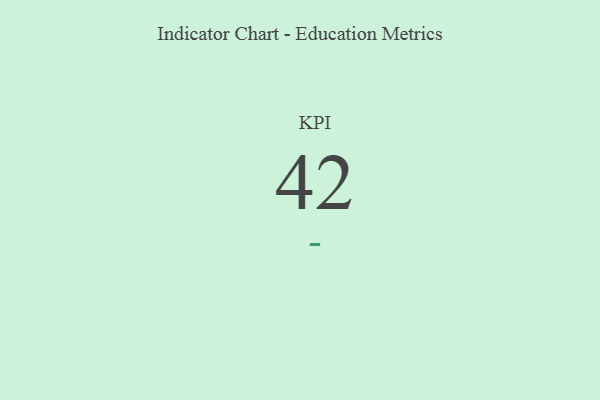
{"axis": {"x": "KPI", "y": "Value"}, "legend": [""], "data": [{"x": "KPI", "y": 42, "type": ""}]}